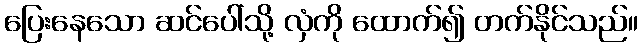
ပြေးနေသော ဆင်ပေါ်သို့ လှံကို ထောက်၍ တက်နိုင်သည်။